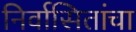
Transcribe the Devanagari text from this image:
निर्वासितांचा